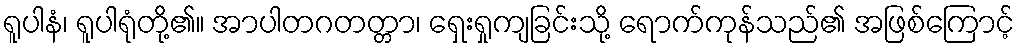
ရူပါနံ၊ ရူပါရုံတို့၏။ အာပါတဂတတ္တာ၊ ရှေးရှုကျခြင်းသို့ ရောက်ကုန်သည်၏ အဖြစ်ကြောင့်